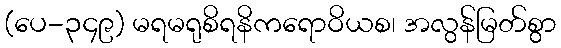
(ပေ-၃၄၉) မရမရုစိရနိကရောဝိယစ၊ အလွန်မြတ်စွာ